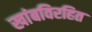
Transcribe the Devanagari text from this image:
खांबविरहित